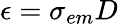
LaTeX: \epsilon=\sigma_{em}D